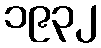
၁၉၃၂